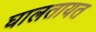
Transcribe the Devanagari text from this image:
घालतायत